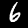
Label: 6